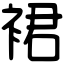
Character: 裙